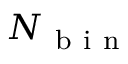
N _ { \mathrm { ~ b ~ i ~ n ~ } }